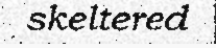
skeltered